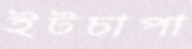
ইটচাপা